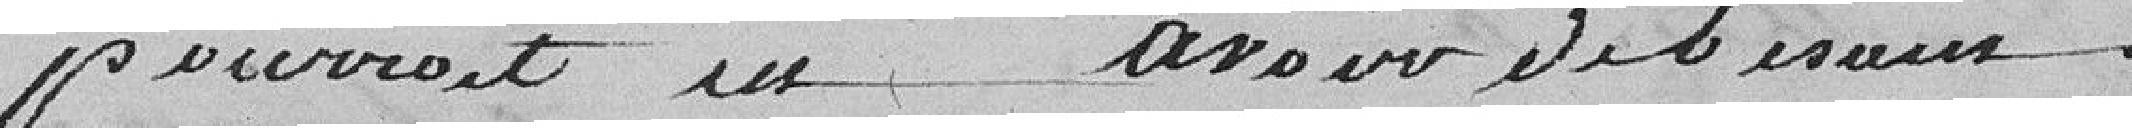
pourrait en avoir de besoin.